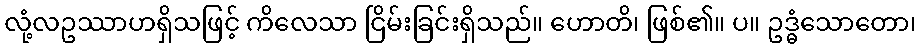
လုံ့လဥဿာဟရှိသဖြင့် ကိလေသာ ငြိမ်းခြင်းရှိသည်။ ဟောတိ၊ ဖြစ်၏။ ပ။ ဥဒ္ဓံသောတော၊